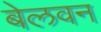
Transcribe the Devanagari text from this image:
बेलवन